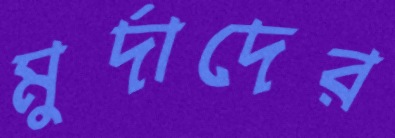
মুর্দাদের